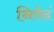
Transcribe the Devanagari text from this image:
निवेदं